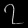
Digit: ၇